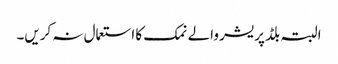
البتہ بلڈ پریشر والے نمک کا استعمال نہ کریں۔